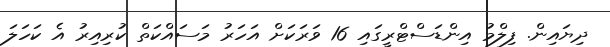
ދިޔައިން. ފިލްމު އިންޑަސްޓްރީގައި 16 ވަރަކަށް އަހަރު މަސައްކަތް ކުރިއިރު އެ ކަހަލަ